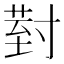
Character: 𭔹